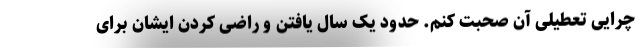
چرایی تعطیلی آن صحبت کنم. حدود یک سال یافتن و راضی کردن ایشان برای